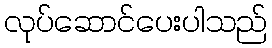
လုပ်ဆောင်ပေးပါသည်